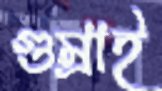
গুম্‌রাই